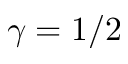
\gamma = 1 / 2